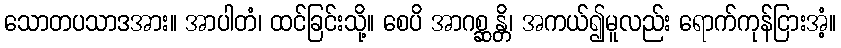
သောတပသာဒအား။ အာပါတံ၊ ထင်ခြင်းသို့။ စေပိ အာဂစ္ဆန္တိ၊ အကယ်၍မူလည်း ရောက်ကုန်ငြားအံ့။